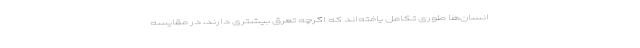
انسان‌ها طوری تکامل یافته‌اند که اگرچه تعرق بیشتری دارند، در مقایسه